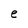
Character: e